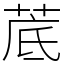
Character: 菧